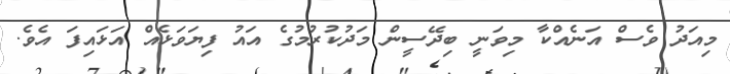
މިއަދު ވެސް އަނެއްކާ މިވަނީ ބިދޭސީން މަދުކުރުމުގެ އައު ފިޔަވަޅެއް އަޅައިފަ އެވެ.